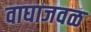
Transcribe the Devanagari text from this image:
वाघाजवळ